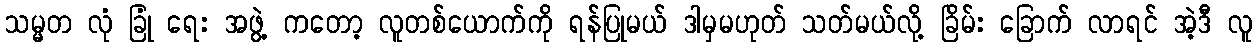
သမ္မတ လုံ ခြုံ ရေး အဖွဲ့ ကတော့ လူတစ်ယောက်ကို ရန်ပြုမယ် ဒါမှမဟုတ် သတ်မယ်လို့ ခြိမ်း ခြောက် လာရင် အဲ့ဒီ လူ